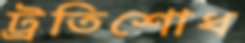
ট্রতিশোধ